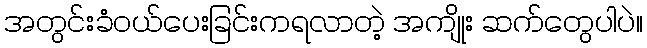
အတွင်းခံဝယ်ပေးခြင်းကရလာတဲ့ အကျိုး ဆက်တွေပါပဲ။